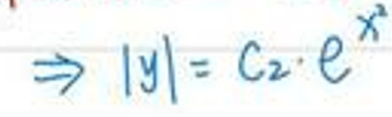
\(\Rightarrow | y | = C _ { 2 } \cdot e ^ { x ^ { 2 } }\)